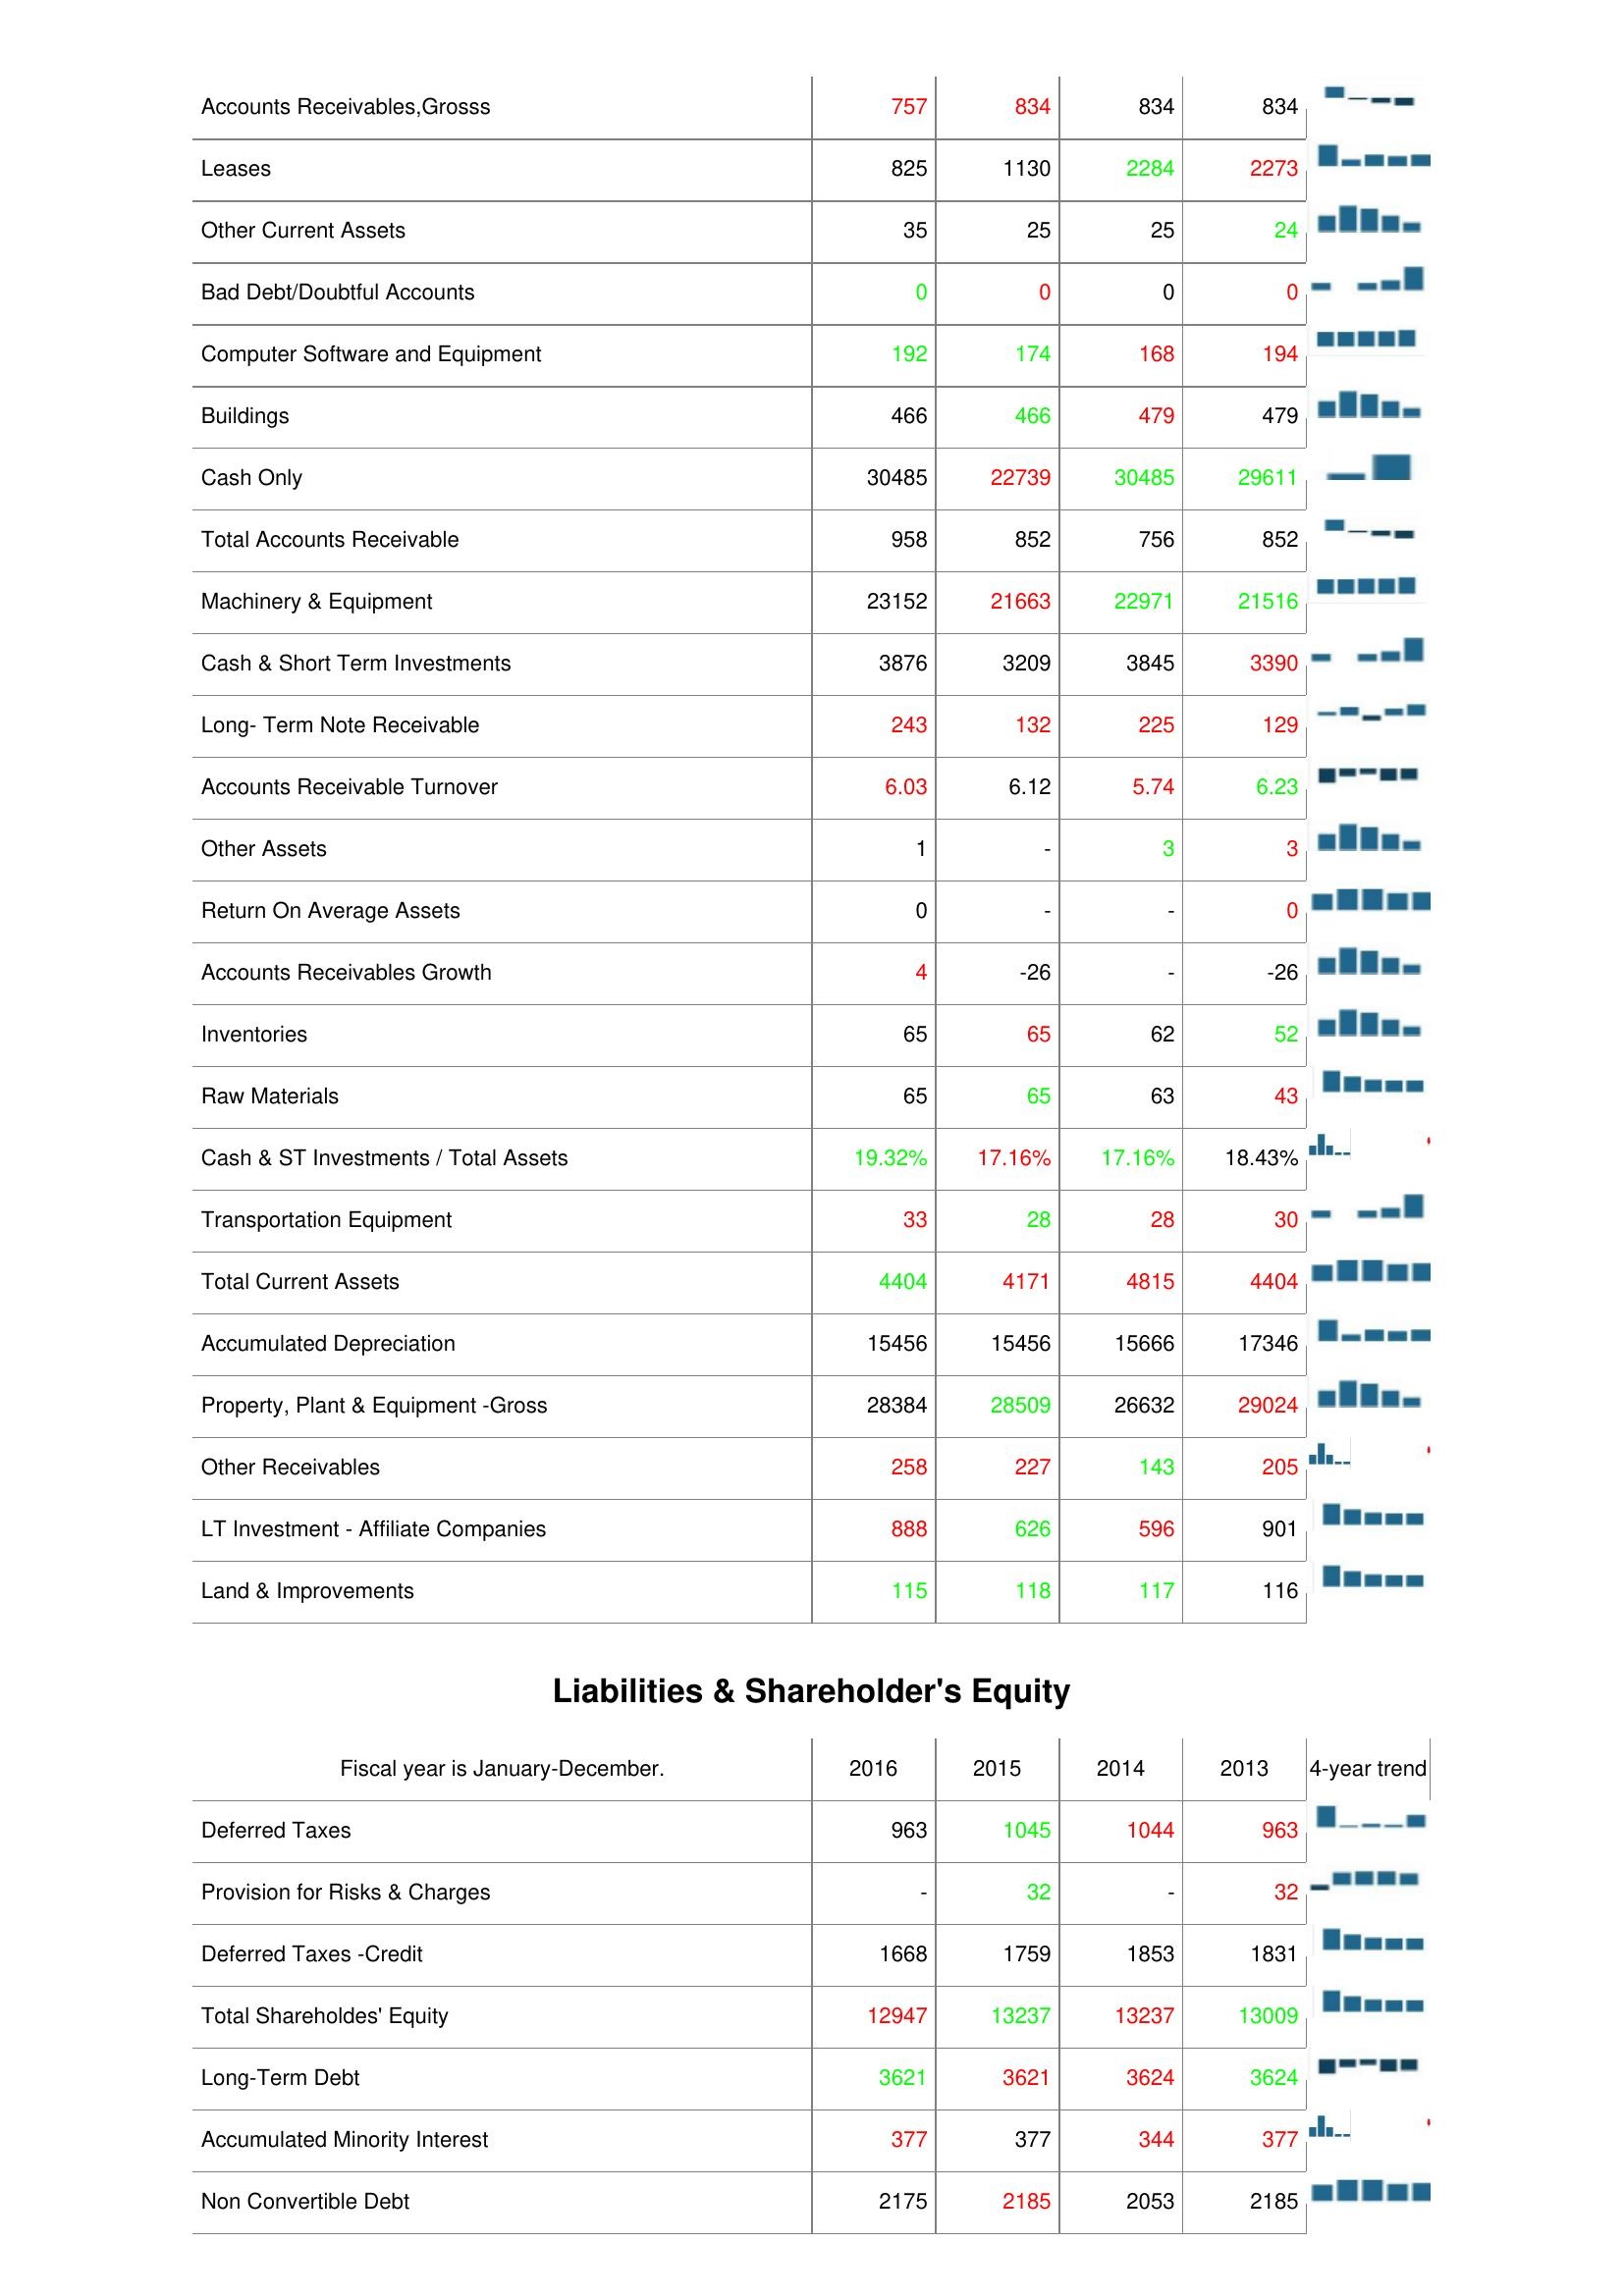
2016: Assets: Accounts Receivables,Grosss: 757
Leases: 825
Other Current Assets: 35
Bad Debt/Doubtful Accounts: 0
Computer Software and Equipment: 192
Buildings: 466
Cash Only: 30485
Total Accounts Receivable: 958
Machinery & Equipment: 23152
Cash & Short Term Investments: 3876
Long- Term Note Receivable: 243
Accounts Receivable Turnover: 6.03
Other Assets: 1
Return On Average Assets: 0
Accounts Receivables Growth: 4
Inventories: 65
Raw Materials: 65
Cash & ST Investments / Total Assets: 19.32%
Transportation Equipment: 33
Total Current Assets: 4404
Accumulated Depreciation: 15456
Property, Plant & Equipment -Gross: 28384
Other Receivables: 258
LT Investment - Affiliate Companies: 888
Land & Improvements: 115
Liabilities & Shareholder's Equity: Deferred Taxes: 963
Provision for Risks & Charges: -
Deferred Taxes -Credit: 1668
Total Shareholdes' Equity: 12947
Long-Term Debt: 3621
Accumulated Minority Interest: 377
Non Convertible Debt: 2175
2015: Assets: Accounts Receivables,Grosss: 834
Leases: 1130
Other Current Assets: 25
Bad Debt/Doubtful Accounts: 0
Computer Software and Equipment: 174
Buildings: 466
Cash Only: 22739
Total Accounts Receivable: 852
Machinery & Equipment: 21663
Cash & Short Term Investments: 3209
Long- Term Note Receivable: 132
Accounts Receivable Turnover: 6.12
Other Assets: -
Return On Average Assets: -
Accounts Receivables Growth: -26
Inventories: 65
Raw Materials: 65
Cash & ST Investments / Total Assets: 17.16%
Transportation Equipment: 28
Total Current Assets: 4171
Accumulated Depreciation: 15456
Property, Plant & Equipment -Gross: 28509
Other Receivables: 227
LT Investment - Affiliate Companies: 626
Land & Improvements: 118
Liabilities & Shareholder's Equity: Deferred Taxes: 1045
Provision for Risks & Charges: 32
Deferred Taxes -Credit: 1759
Total Shareholdes' Equity: 13237
Long-Term Debt: 3621
Accumulated Minority Interest: 377
Non Convertible Debt: 2185
2014: Assets: Accounts Receivables,Grosss: 834
Leases: 2284
Other Current Assets: 25
Bad Debt/Doubtful Accounts: 0
Computer Software and Equipment: 168
Buildings: 479
Cash Only: 30485
Total Accounts Receivable: 756
Machinery & Equipment: 22971
Cash & Short Term Investments: 3845
Long- Term Note Receivable: 225
Accounts Receivable Turnover: 5.74
Other Assets: 3
Return On Average Assets: -
Accounts Receivables Growth: -
Inventories: 62
Raw Materials: 63
Cash & ST Investments / Total Assets: 17.16%
Transportation Equipment: 28
Total Current Assets: 4815
Accumulated Depreciation: 15666
Property, Plant & Equipment -Gross: 26632
Other Receivables: 143
LT Investment - Affiliate Companies: 596
Land & Improvements: 117
Liabilities & Shareholder's Equity: Deferred Taxes: 1044
Provision for Risks & Charges: -
Deferred Taxes -Credit: 1853
Total Shareholdes' Equity: 13237
Long-Term Debt: 3624
Accumulated Minority Interest: 344
Non Convertible Debt: 2053
2013: Assets: Accounts Receivables,Grosss: 834
Leases: 2273
Other Current Assets: 24
Bad Debt/Doubtful Accounts: 0
Computer Software and Equipment: 194
Buildings: 479
Cash Only: 29611
Total Accounts Receivable: 852
Machinery & Equipment: 21516
Cash & Short Term Investments: 3390
Long- Term Note Receivable: 129
Accounts Receivable Turnover: 6.23
Other Assets: 3
Return On Average Assets: 0
Accounts Receivables Growth: -26
Inventories: 52
Raw Materials: 43
Cash & ST Investments / Total Assets: 18.43%
Transportation Equipment: 30
Total Current Assets: 4404
Accumulated Depreciation: 17346
Property, Plant & Equipment -Gross: 29024
Other Receivables: 205
LT Investment - Affiliate Companies: 901
Land & Improvements: 116
Liabilities & Shareholder's Equity: Deferred Taxes: 963
Provision for Risks & Charges: 32
Deferred Taxes -Credit: 1831
Total Shareholdes' Equity: 13009
Long-Term Debt: 3624
Accumulated Minority Interest: 377
Non Convertible Debt: 2185